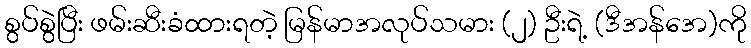
စွပ်စွဲပြီး ဖမ်းဆီးခံထားရတဲ့ မြန်မာအလုပ်သမား (၂) ဦးရဲ့ (ဒီအန်အေ)ကို